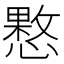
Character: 𢡑